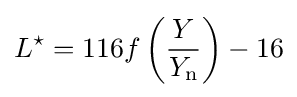
L^{\star }=116f\left({\frac {Y}{Y_{\mathrm {n} }}}\right)-16